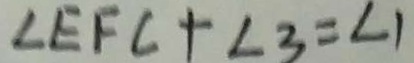
\angle E F C + \angle 3 = \angle 1